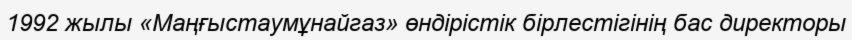
1992 жылы «Маңғыстаумұнайгаз» өндірістік бірлестігінің бас директоры